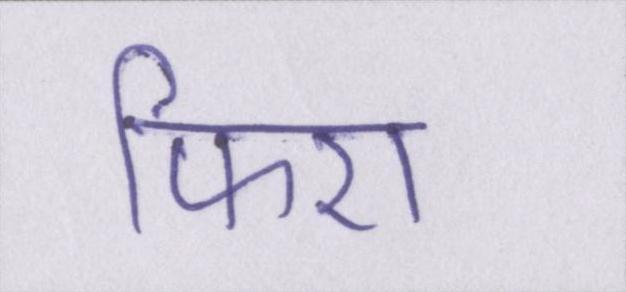
फिरा